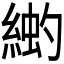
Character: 𫃳